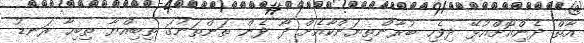
އާތް ދެންިއޮށްއުޅޭ ދިވެހި ބުރާންތިޔަންކާއެށް ދޯ ދެން ތަންތަނުގަ ތިބިއްޔާ ތިބިހާ ރަނޑު